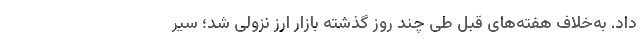
داد. به‌خلاف هفته‌های قبل طی چند روز گذشته بازار ارز نزولی شد؛ سیر